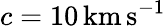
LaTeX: c=10\, \mathrm{km\, s^{-1}}